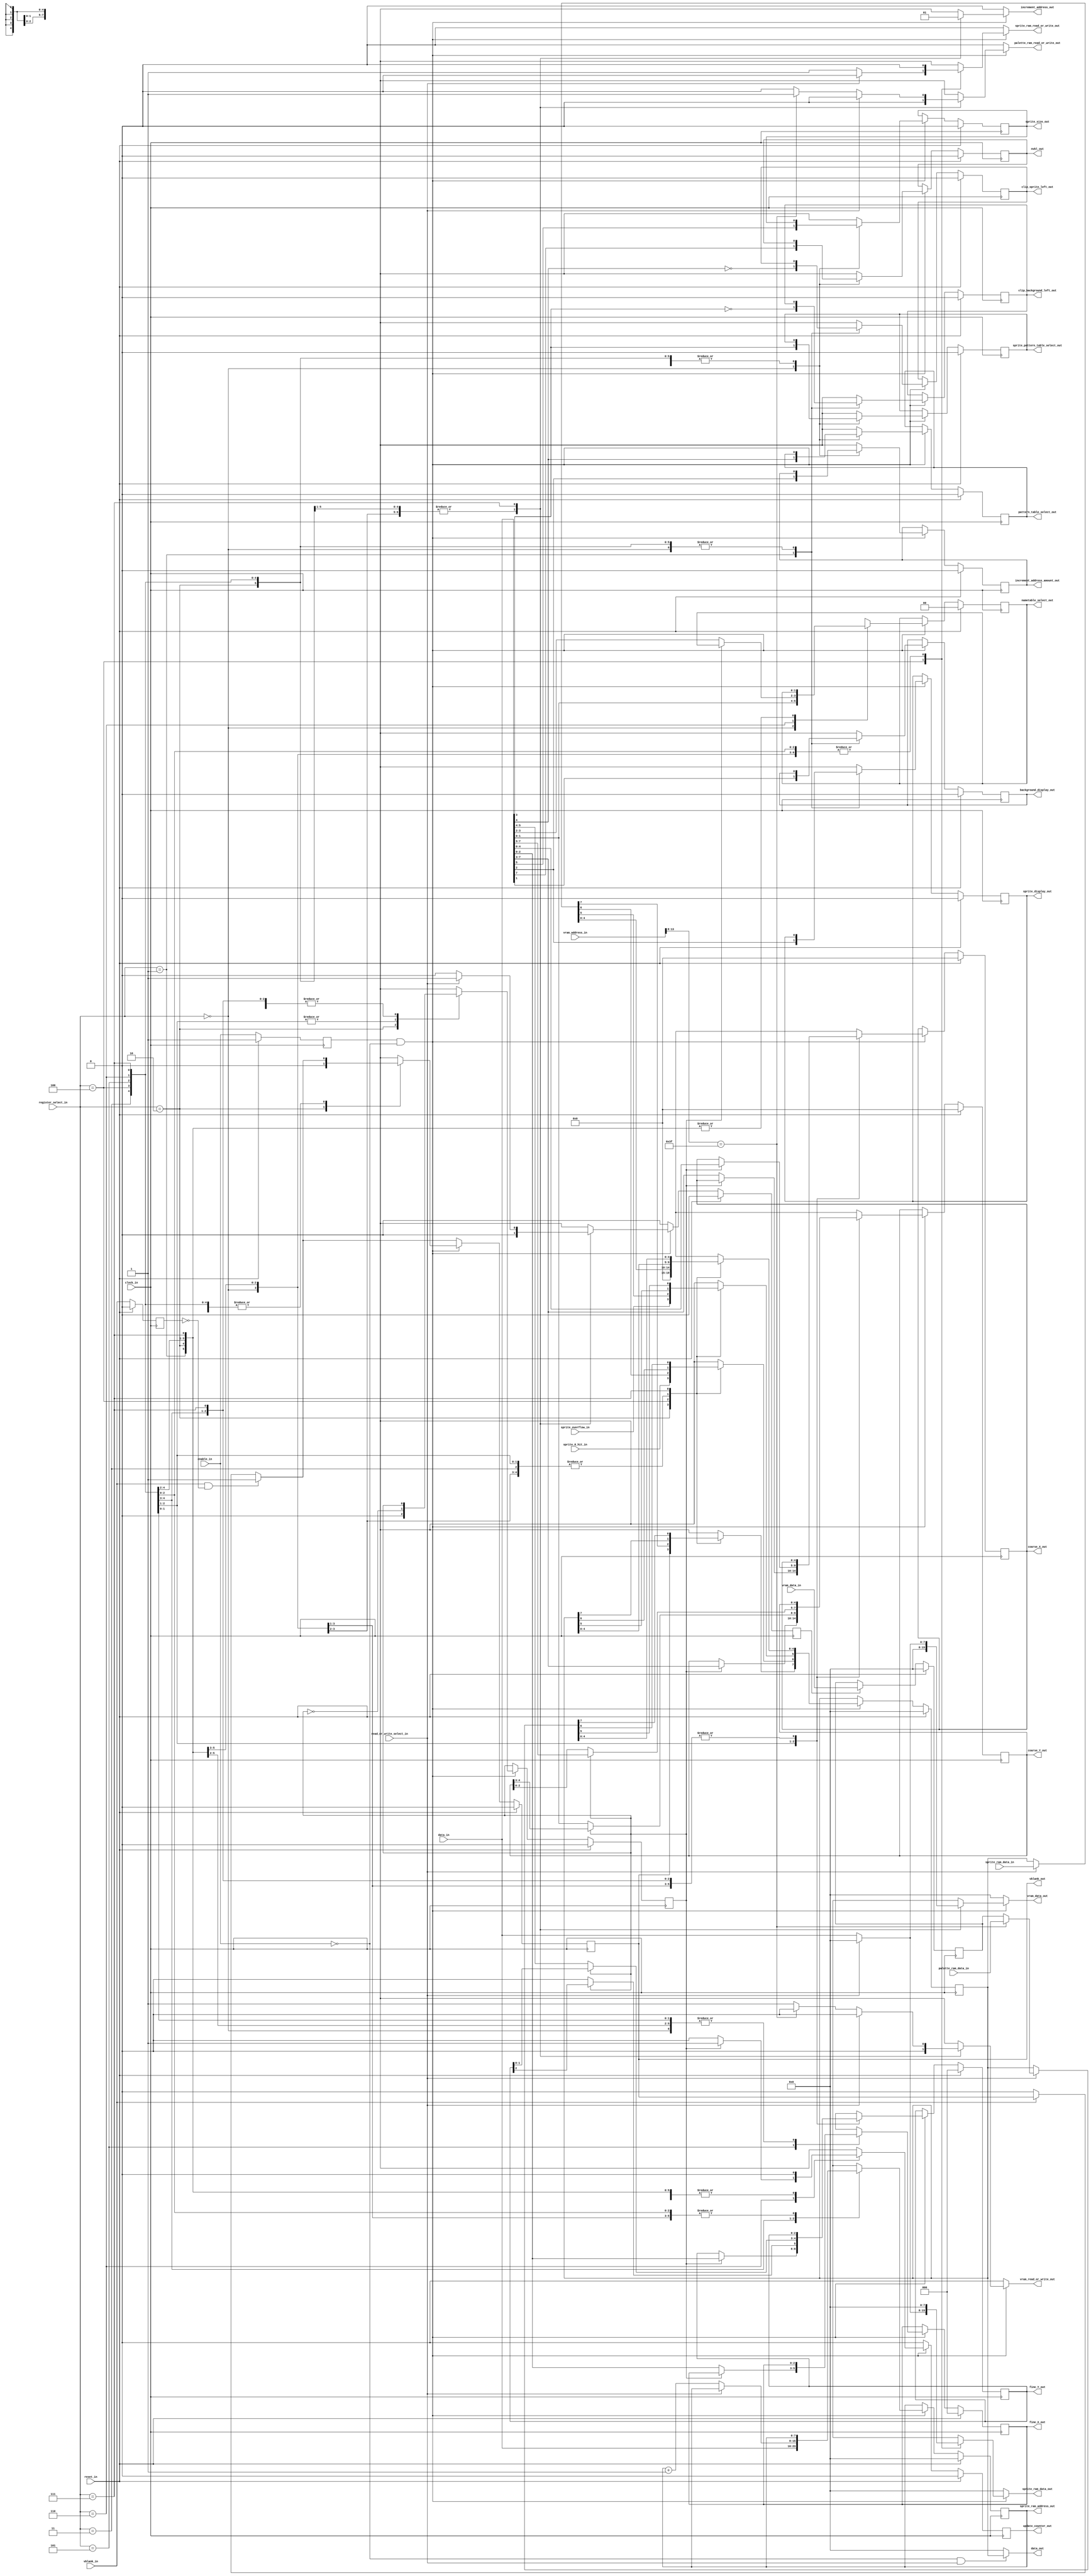
/***************************************************************************************************
** fpga_nes/hw/src/ppu/ppu.v
*
*  Copyright (c) 2012, Brian Bennett
*  All rights reserved.
*
*  Redistribution and use in source and binary forms, with or without modification, are permitted
*  provided that the following conditions are met:
*
*  1. Redistributions of source code must retain the above copyright notice, this list of conditions
*     and the following disclaimer.
*  2. Redistributions in binary form must reproduce the above copyright notice, this list of
*     conditions and the following disclaimer in the documentation and/or other materials provided
*     with the distribution.
*
*  THIS SOFTWARE IS PROVIDED BY THE COPYRIGHT HOLDERS AND CONTRIBUTORS "AS IS" AND ANY EXPRESS OR
*  IMPLIED WARRANTIES, INCLUDING, BUT NOT LIMITED TO, THE IMPLIED WARRANTIES OF MERCHANTABILITY AND
*  FITNESS FOR A PARTICULAR PURPOSE ARE DISCLAIMED. IN NO EVENT SHALL THE COPYRIGHT OWNER OR
*  CONTRIBUTORS BE LIABLE FOR ANY DIRECT, INDIRECT, INCIDENTAL, SPECIAL, EXEMPLARY, OR CONSEQUENTIAL
*  DAMAGES (INCLUDING, BUT NOT LIMITED TO, PROCUREMENT OF SUBSTITUTE GOODS OR SERVICES; LOSS OF USE,
*  DATA, OR PROFITS; OR BUSINESS INTERRUPTION) HOWEVER CAUSED AND ON ANY THEORY OF LIABILITY,
*  WHETHER IN CONTRACT, STRICT LIABILITY, OR TORT (INCLUDING NEGLIGENCE OR OTHERWISE) ARISING IN ANY
*  WAY OUT OF THE USE OF THIS SOFTWARE, EVEN IF ADVISED OF THE POSSIBILITY OF SUCH DAMAGE.
*
*  Picture processing unit register block.
***************************************************************************************************/

module ppu_ri
( 
    input wire        clock_in,                         
    input wire        reset_in,                     
    input wire        enable_in,                        
    input wire        read_or_write_select_in,         
    input wire        vblank_in,                        
    input wire [2:0]  register_select_in,
    input wire [7:0]  data_in,
    input wire [13:0] vram_address_in,
    input wire [7:0]  vram_data_in,
    input wire [7:0]  palette_ram_data_in,
    input wire [7:0]  sprite_ram_data_in,
    input wire        sprite_overflow_in,
    input wire        sprite_0_hit_in,
    //$2000
    output wire [1:0] nametable_select_out,
    output wire       increment_address_amount_out,
    output wire       sprite_pattern_table_select_out,
    output wire       pattern_table_select_out,
    output wire       sprite_size_out,
    output wire       nvbl_out,
    //$2001
    output wire       background_display_out,
    output wire       sprite_display_out,
    output wire       clip_background_left_out, 
    output wire       clip_sprite_left_out,
    //$2002
    output wire       vblank_out,
    //$2003 $2004
    output wire [7:0] sprite_ram_address_out,
    output wire [7:0] data_out,
    //$2005 $2006
    output wire [2:0] fine_X_out,
    output wire [2:0] fine_Y_out,
    output wire [4:0] coarse_X_out,
    output wire [4:0] coarse_Y_out,
    //$2007
    output wire       update_counter_out, 
    output reg        increment_address_out,
    output reg [7:0]  vram_data_out,
    output reg [7:0]  sprite_ram_data_out,
    output reg        vram_read_or_write_out,
    output reg        palette_ram_read_or_write_out,    
    output reg        sprite_ram_read_or_write_out
);

//define reg 
//q---the final output, consistent of d and input   d---store the last period value, always change
//$2000
reg [1:0] q_nametable_select,       d_nametable_select;                 //$2000[1:0]
reg q_increment_address_amount,     d_increment_address_amount;         //$2000[2]
reg q_sprite_pattern_table_select,  d_sprite_pattern_table_select;      //$2000[3]
reg q_pattern_table_select,         d_pattern_table_select;             //$2000[4]
reg q_sprite_size,                  d_sprite_size;                      //$2000[5]
reg q_nvbl,                         d_nvbl;                             //$2000[7]
//$2001
reg q_background_display,       d_background_display;                   //$2001[1]
reg q_sprite_display,           d_sprite_display;                       //$2001[2]
reg q_clip_sprite_left,         d_clip_sprite_left;                     //$2001[3]
reg q_clip_background_left,     d_clip_background_left;                 //$2001[4]
//$2002
reg q_vblank,               d_vblank;   
reg q_read_or_write_time,   d_read_or_write_time;                     
//$2003 $2004
reg [7:0] q_sprite_ram_address,     d_sprite_ram_address;
reg [7:0] q_data_out,               d_data_out;
//$2005 $2006
reg [2:0] q_fine_X,     d_fine_X;
reg [2:0] q_fine_Y,     d_fine_Y;
reg [4:0] q_coarse_X,   d_coarse_X;
reg [4:0] q_coarse_Y,   d_coarse_Y;
//$2007  
reg q_update_counter_out,               d_update_counter_out;  
reg [7:0] q_vram_data_out,              d_vram_data_out;
reg [7:0] q_buffer,                     d_buffer;
reg q_buffer_update,                    d_buffer_update;

reg q_enable_in;                  
reg q_vblank_in;               

//set default value
always @(posedge clock_in)
begin  
    if (reset_in)
    begin
        q_nametable_select              <= 2'b00;
        q_increment_address_amount      <= 1'b0;
        q_sprite_pattern_table_select   <= 1'b0;
        q_pattern_table_select          <= 1'b0;
        q_sprite_size                   <= 1'b0;
        q_nvbl                          <= 1'b0;
        q_background_display            <= 1'b0;
        q_sprite_display                <= 1'b0;       
        q_clip_background_left          <= 1'b0;
        q_clip_sprite_left              <= 1'b0;
        q_vblank                        <= 1'b0;
        q_read_or_write_time            <= 1'b0;
        q_sprite_ram_address            <= 8'h00;
        q_data_out                      <= 8'h00;
        q_fine_X                        <= 3'b000;
        q_fine_Y                        <= 3'b000;
        q_coarse_X                      <= 5'b00000;
        q_coarse_Y                      <= 5'b00000;
        q_update_counter_out            <= 1'b0;                                                        
        q_enable_in                     <= 1'b1;
        q_vblank_in                     <= 1'b0;
        q_buffer                        <= 8'h00;
        q_buffer_update                 <= 1'b0;
    end
    else
    begin
        q_nametable_select              <= d_nametable_select;
        q_increment_address_amount      <= d_increment_address_amount;
        q_sprite_pattern_table_select   <= d_sprite_pattern_table_select;
        q_pattern_table_select          <= d_pattern_table_select;
        q_sprite_size                   <= d_sprite_size;
        q_nvbl                          <= d_nvbl;
        q_background_display            <= d_background_display;
        q_sprite_display                <= d_sprite_display;
        q_clip_background_left          <= d_clip_background_left;
        q_clip_sprite_left              <= d_clip_sprite_left;
        q_vblank                        <= d_vblank;
        q_read_or_write_time            <= d_read_or_write_time;
        q_sprite_ram_address            <= d_sprite_ram_address;
        q_data_out                      <= d_data_out;
        q_fine_X                        <= d_fine_X;
        q_fine_Y                        <= d_fine_Y;
        q_coarse_X                      <= d_coarse_X;
        q_coarse_Y                      <= d_coarse_Y;
        q_update_counter_out            <= d_update_counter_out; 
        q_enable_in                     <= enable_in;
        q_vblank_in                     <= vblank_in;
        q_buffer                        <= d_buffer;
        q_buffer_update                 <= d_buffer_update;
    end
end

//modify reg
always @*
begin
    d_nametable_select                  = q_nametable_select;
    d_increment_address_amount          = q_increment_address_amount;
    d_sprite_pattern_table_select       = q_sprite_pattern_table_select;
    d_pattern_table_select              = q_pattern_table_select;
    d_sprite_size                       = q_sprite_size;
    d_nvbl                              = q_nvbl;
    d_background_display                = q_background_display;
    d_sprite_display                    = q_sprite_display;
    d_clip_background_left              = q_clip_background_left;
    d_clip_sprite_left                  = q_clip_sprite_left;
    if (vblank_in & ~q_vblank_in)       
        d_vblank = 1'b1;                //         __case2__
    else                                //   case1|         \case3
    begin                               // ______|           \_______
        if(vblank_in)                   // case1: vblank_in == 1; q_vblank_in == 0 ---- d_vblabk = 1
            d_vblank = q_vblank;        // case2: vblank_in == 1; q_vblank_in == 1 ---- d_vblank = q_blank
        else                            // case3: vblank_in == 0; q_vblank_in == 1 ---- d_vblank = 0
            d_vblank = 1'b0;
    end
    d_read_or_write_time                = q_read_or_write_time;
    d_sprite_ram_address                = q_sprite_ram_address;
    d_data_out                          = q_data_out;    
    sprite_ram_data_out                 = 8'h00;
    sprite_ram_read_or_write_out        = 1'b0;
    d_fine_X                            = q_fine_X;
    d_fine_Y                            = q_fine_Y;
    d_coarse_X                          = q_coarse_X;
    d_coarse_Y                          = q_coarse_Y;
    d_update_counter_out                = 1'b0;
    vram_data_out                       = 8'h00;
    increment_address_out               = 1'b0;
    palette_ram_read_or_write_out       = 1'b0;
    vram_read_or_write_out              = 1'b0;
    d_buffer                            = (q_buffer_update) ? vram_data_in : q_buffer;
    d_buffer_update                     = 1'b0;

    if (q_enable_in & ~enable_in)//work when the last periodenable_in is 0 and this period enable_in is 1(this is, trigger in fall edge)
    begin
        //write----get data from data_in then assign to the register  read----get data_out from register
        case (register_select_in)
        //$2000 PPUCRTRL write
        //VPHB SINN
        //|||| ||++- Base nametable address(0 = $2000; 1 = $2400; 2 = $2800; 3 = $2C00)
        //|||| |+--- VRAM address increment per CPU read/write of PPUDATA(0: add 1, going across; 1: add 32, going down)
        //|||| +---- Sprite pattern table address for 8x8 sprites(0: $0000; 1: $1000; ignored in 8x16 mode)
        //|||+------ Background pattern table address (0: $0000; 1: $1000)
        //||+------- Sprite size (0: 8x8; 1: 8x16)
        //|+-------- PPU master/slave select(0: read backdrop from EXT pins; 1: output color on EXT pins)(no use)
        //+--------- Generate an NMI at the start of the vertical blanking interval (0: off; 1: on)
        3'b000:
        begin
            d_nametable_select              = data_in[1:0];
            d_increment_address_amount      = data_in[2];
            d_sprite_pattern_table_select   = data_in[3];
            d_pattern_table_select          = data_in[4];
            d_sprite_size                   = data_in[5];
            d_nvbl                          = data_in[7];
        end
        //$2001 PPUMASK write
        //BGRs bMmG
        //|||| |||+- Greyscale (0: normal color, 1: produce a greyscale display)(no use)
        //|||| ||+-- 1: Show background in leftmost 8 pixels of screen, 0: Hide
        //|||| |+--- 1: Show sprites in leftmost 8 pixels of screen, 0: Hide
        //|||| +---- 1: Show background
        //|||+------ 1: Show sprites
        //||+------- Emphasize red*(no use)
        //|+-------- Emphasize green*(no use)
        //+--------- Emphasize blue*(no use)
        3'b001:
        begin
            d_background_display    = data_in[1];
            d_sprite_display        = data_in[2];
            d_clip_background_left  = ~data_in[3];
            d_clip_sprite_left      = ~data_in[4];
        end
        //$2002 PPUSTATUS read
        //VSO. ....
        //|||| ||||
        //|||+-++++- Least significant bits previously written into a PPU register (due to register not being updated for this address)
        //||+------- Sprite overflow. 
        //|+-------- Sprite 0 Hit.
        //+--------- Vertical blank has started (0: not in vblank; 1: in vblank).
        3'b010:
        begin
            d_data_out[7]           = q_vblank;
            d_data_out[6]           = sprite_0_hit_in;
            d_data_out[5]           = sprite_overflow_in;
            d_data_out[4:0]         = 5'b00000;
            d_read_or_write_time    = 1'b0;
            d_vblank                = 1'b0;
        end
        //$2003 OAMADDR write
        //Write the address of OAM you want to access, write the address of sprite and store it
        3'b011:
        begin
            d_sprite_ram_address = data_in;
        end
        //$2004 OAMDATA read/write
        //Write OAM data here. Writes will increment OAMADDR after the write
        //reads during vertical or forced blanking return the value from OAM at that address but do not increment.
        3'b100:
        begin
            if (~read_or_write_select_in)//write, write the data of sprite and store it, increment OAMADDR
            begin
                sprite_ram_data_out           = data_in;
                sprite_ram_read_or_write_out  = 1'b1;
                d_sprite_ram_address            = q_sprite_ram_address + 8'b00000001;
            end
            else//read
            begin
                d_data_out = sprite_ram_data_in;
            end
        end
        //$2005 PPUSCROLL write*2
        //write the horizontal and vertical scroll offsets here just before turning on the screen
        3'b101:
        begin
            d_read_or_write_time = ~q_read_or_write_time;
            if (d_read_or_write_time)//the first time(horizontal scroll, X)
            begin
                d_fine_X    = data_in[2:0];
                d_coarse_X  = data_in[7:3];
            end
            else// the second time(vertical scroll, Y)
            begin
                d_fine_Y    = data_in[2:0];
                d_coarse_Y  = data_in[7:3];
            end
        end
        //$2006 PPUADDR write*2
        //After reading PPUSTATUS to reset the address latch, write the 16-bit address of VRAM you want to access here, upper byte first.
        //actually, it has only 14 bits, so the first time write the upper 6 bits and then write the lower 8 bits
        //yyy NN YYYYY XXXXX
        //||| || ||||| +++++ -- coarse X scroll
        //||| || +++++ -------- coarse Y scroll
        //||| ++ -------------- namestable select
        //+++ ----------------- fine Y scroll(it's no use)
        3'b110:
        begin
            d_read_or_write_time = ~q_read_or_write_time;                 
            if (d_read_or_write_time)// the first time(the upper 6 bits)                          
            begin                              
                d_coarse_Y[4:3]     = data_in[1:0];
                d_nametable_select  = data_in[3:2];
                d_fine_Y[2]         = 1'b0;
                d_fine_Y[1:0]       = data_in[5:4];
            end
            else
            begin//the second time(the lower 8 bits)
                d_coarse_X              = data_in[4:0];
                d_coarse_Y[2:0]         = data_in[7:5];
                d_update_counter_out    = 1'b1;
            end
        end
        //$2007 PPUDATA read/write
        //VRAM read/write data register. After access, the video memory address will increment by an amount determined by $2000:2.
        //$0-$3EFF VRAM address, the read will return the contents of an internal read buffer, This internal buffer is updated only when reading PPUDATA,
        //$3F00-$3FFF reading palette data.Reading the palettes still updates the internal buffer though, but the data placed in it is the mirrored nametable data that would appear "underneath" the palette
        3'b111:
        begin
            if (~read_or_write_select_in)//write
            begin
                vram_data_out = data_in;
                increment_address_out = 1'b1;
                if (vram_address_in[13:8] == 6'b111111)//palette data
                    palette_ram_read_or_write_out = 1'b1;
                else
                    vram_read_or_write_out = 1'b1;
            end
            else//read
            begin
                if (vram_address_in[13:8] == 6'b111111)
                    d_data_out = palette_ram_data_in;
                else
                    //d_data_out = vram_data_in;
                    d_data_out = q_buffer;
                d_buffer_update         = 1'b1;
                increment_address_out   = 1'b1;
            end
        end
        endcase
    end
end

//modify wire out
assign nametable_select_out             = q_nametable_select;
assign increment_address_amount_out     = q_increment_address_amount;
assign sprite_pattern_table_select_out  = q_sprite_pattern_table_select;
assign pattern_table_select_out         = q_pattern_table_select;
assign sprite_size_out                  = q_sprite_size;
assign nvbl_out                         = q_nvbl;
assign background_display_out           = q_background_display;
assign sprite_display_out               = q_sprite_display;
assign clip_background_left_out         = q_clip_background_left;
assign clip_sprite_left_out             = q_clip_sprite_left;
assign vblank_out                       = q_vblank;
assign sprite_ram_address_out           = q_sprite_ram_address;
assign data_out                         = (~enable_in & read_or_write_select_in) ? q_data_out : 8'h00;
assign fine_X_out                       = q_fine_X;
assign fine_Y_out                       = q_fine_Y;
assign coarse_X_out                     = q_coarse_X;
assign coarse_Y_out                     = q_coarse_Y;
assign update_counter_out               = q_update_counter_out;

endmodule